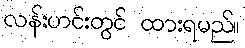
လန်းဟင်းတွင် ထားရမည်။